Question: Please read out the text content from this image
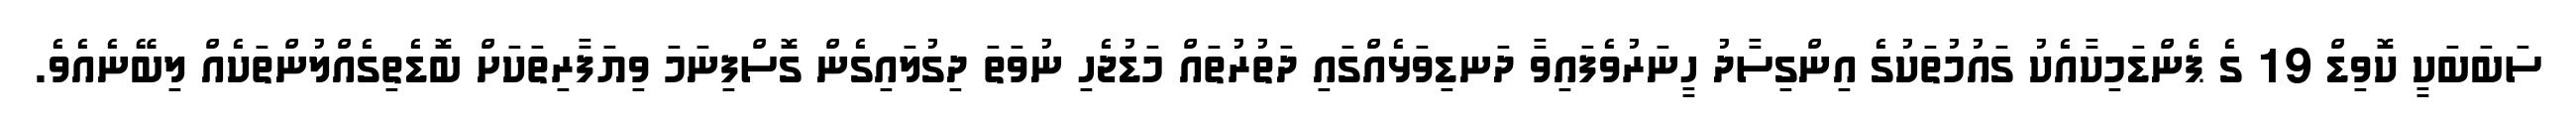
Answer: ސަބަބަކީ ކޮވިޑް 19 ގެ ޕެންޑަމިކާއެކު ގައުމުތަކުގެ އިންގިސާދު ހީނަރުވެފައިވާ ދަނޑިވަޅެއްގައި ދަތުރުތައް މަޑުޖެހި ނުވަތަ ދިގުލައިގެން ގޮސްފިނަމަ ވިޔަފާރިތަކަށް ބޮޑެތިގެއްލުންތަކެއް ލިބޭނެއެވެ.